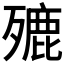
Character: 𣩏